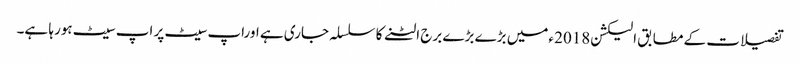
تفصیلات کے مطابق الیکشن2018 ءمیں بڑے بڑے برج الٹنے کا سلسلہ جاری ہے اوراپ سیٹ پر اپ سیٹ ہورہا ہے۔